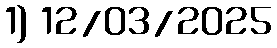
1) 12/03/2025